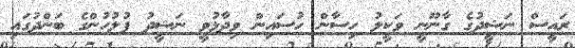
ރައީސް ނަޝީދުގެ ގާނޫނީ ވަކީލު ހިސާން ހުސައިން ވިދާޅުވީ ނަޝީދު ފުލުހުންގެ ބަންދުގައި